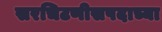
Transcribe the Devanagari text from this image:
सरचिटणीसपदाच्या